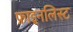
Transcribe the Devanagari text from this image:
फ़ाइनलिस्ट